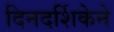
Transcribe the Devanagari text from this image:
दिनदर्शिकेने